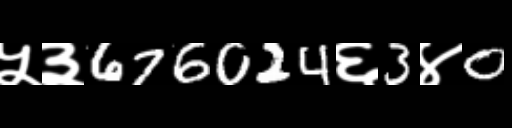
Text: ५३676024६3४0